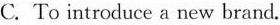
C. To introduce a new brand.